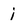
Character: i